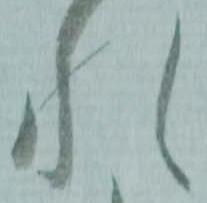
れ